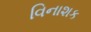
વિનાશક